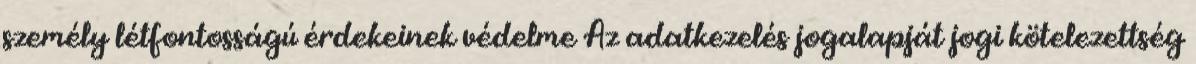
személy létfontosságú érdekeinek védelme Az adatkezelés jogalapját jogi kötelezettség